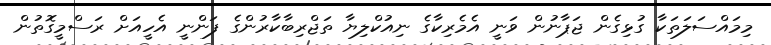
މިމައްސަލަތަކާ ގުޅިގެން ޖަޕާނުން ވަނީ އެމެރިކާގެ ނިއުކްލިޔާ ތަޖްރިބާކާރުންގެ ފަންނީ އެހީއަށް ރަސްމީގޮތުން